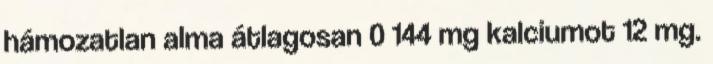
hámozatlan alma átlagosan 0 144 mg kalciumot 12 mg.